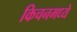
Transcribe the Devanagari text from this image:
किचनमध्ये